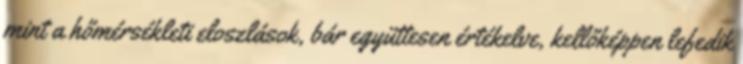
mint a hőmérsékleti eloszlások, bár együttesen értékelve, kellőképpen lefedik